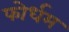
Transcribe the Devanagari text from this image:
फोर्धम